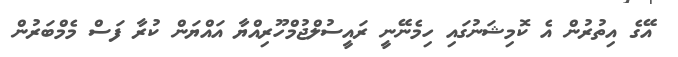
އޭގެ އިތުރުން އެ ކޮމިޝަނުގައި ހިމެނޭނީ ރައީސުލްޖުމްހޫރިއްޔާ އައްޔަން ކުރާ ފަސް މެމްބަރުން